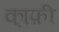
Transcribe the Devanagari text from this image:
का्फ़ी